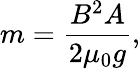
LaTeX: m={\frac{B^{2}A}{2\mu_{0}g}},